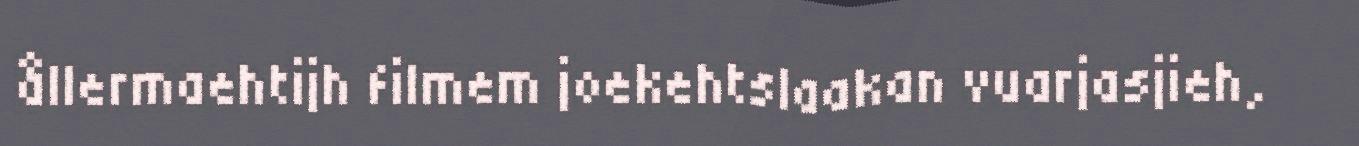
ållermaehtijh filmem joekehtslaakan vuarjasjieh,